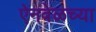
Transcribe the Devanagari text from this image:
ऐनवेळच्या